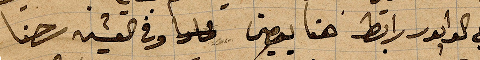
يقع الوابور رابط هنا يومين وفي العشية رحنا